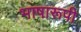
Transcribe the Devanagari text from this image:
भाषारूपी